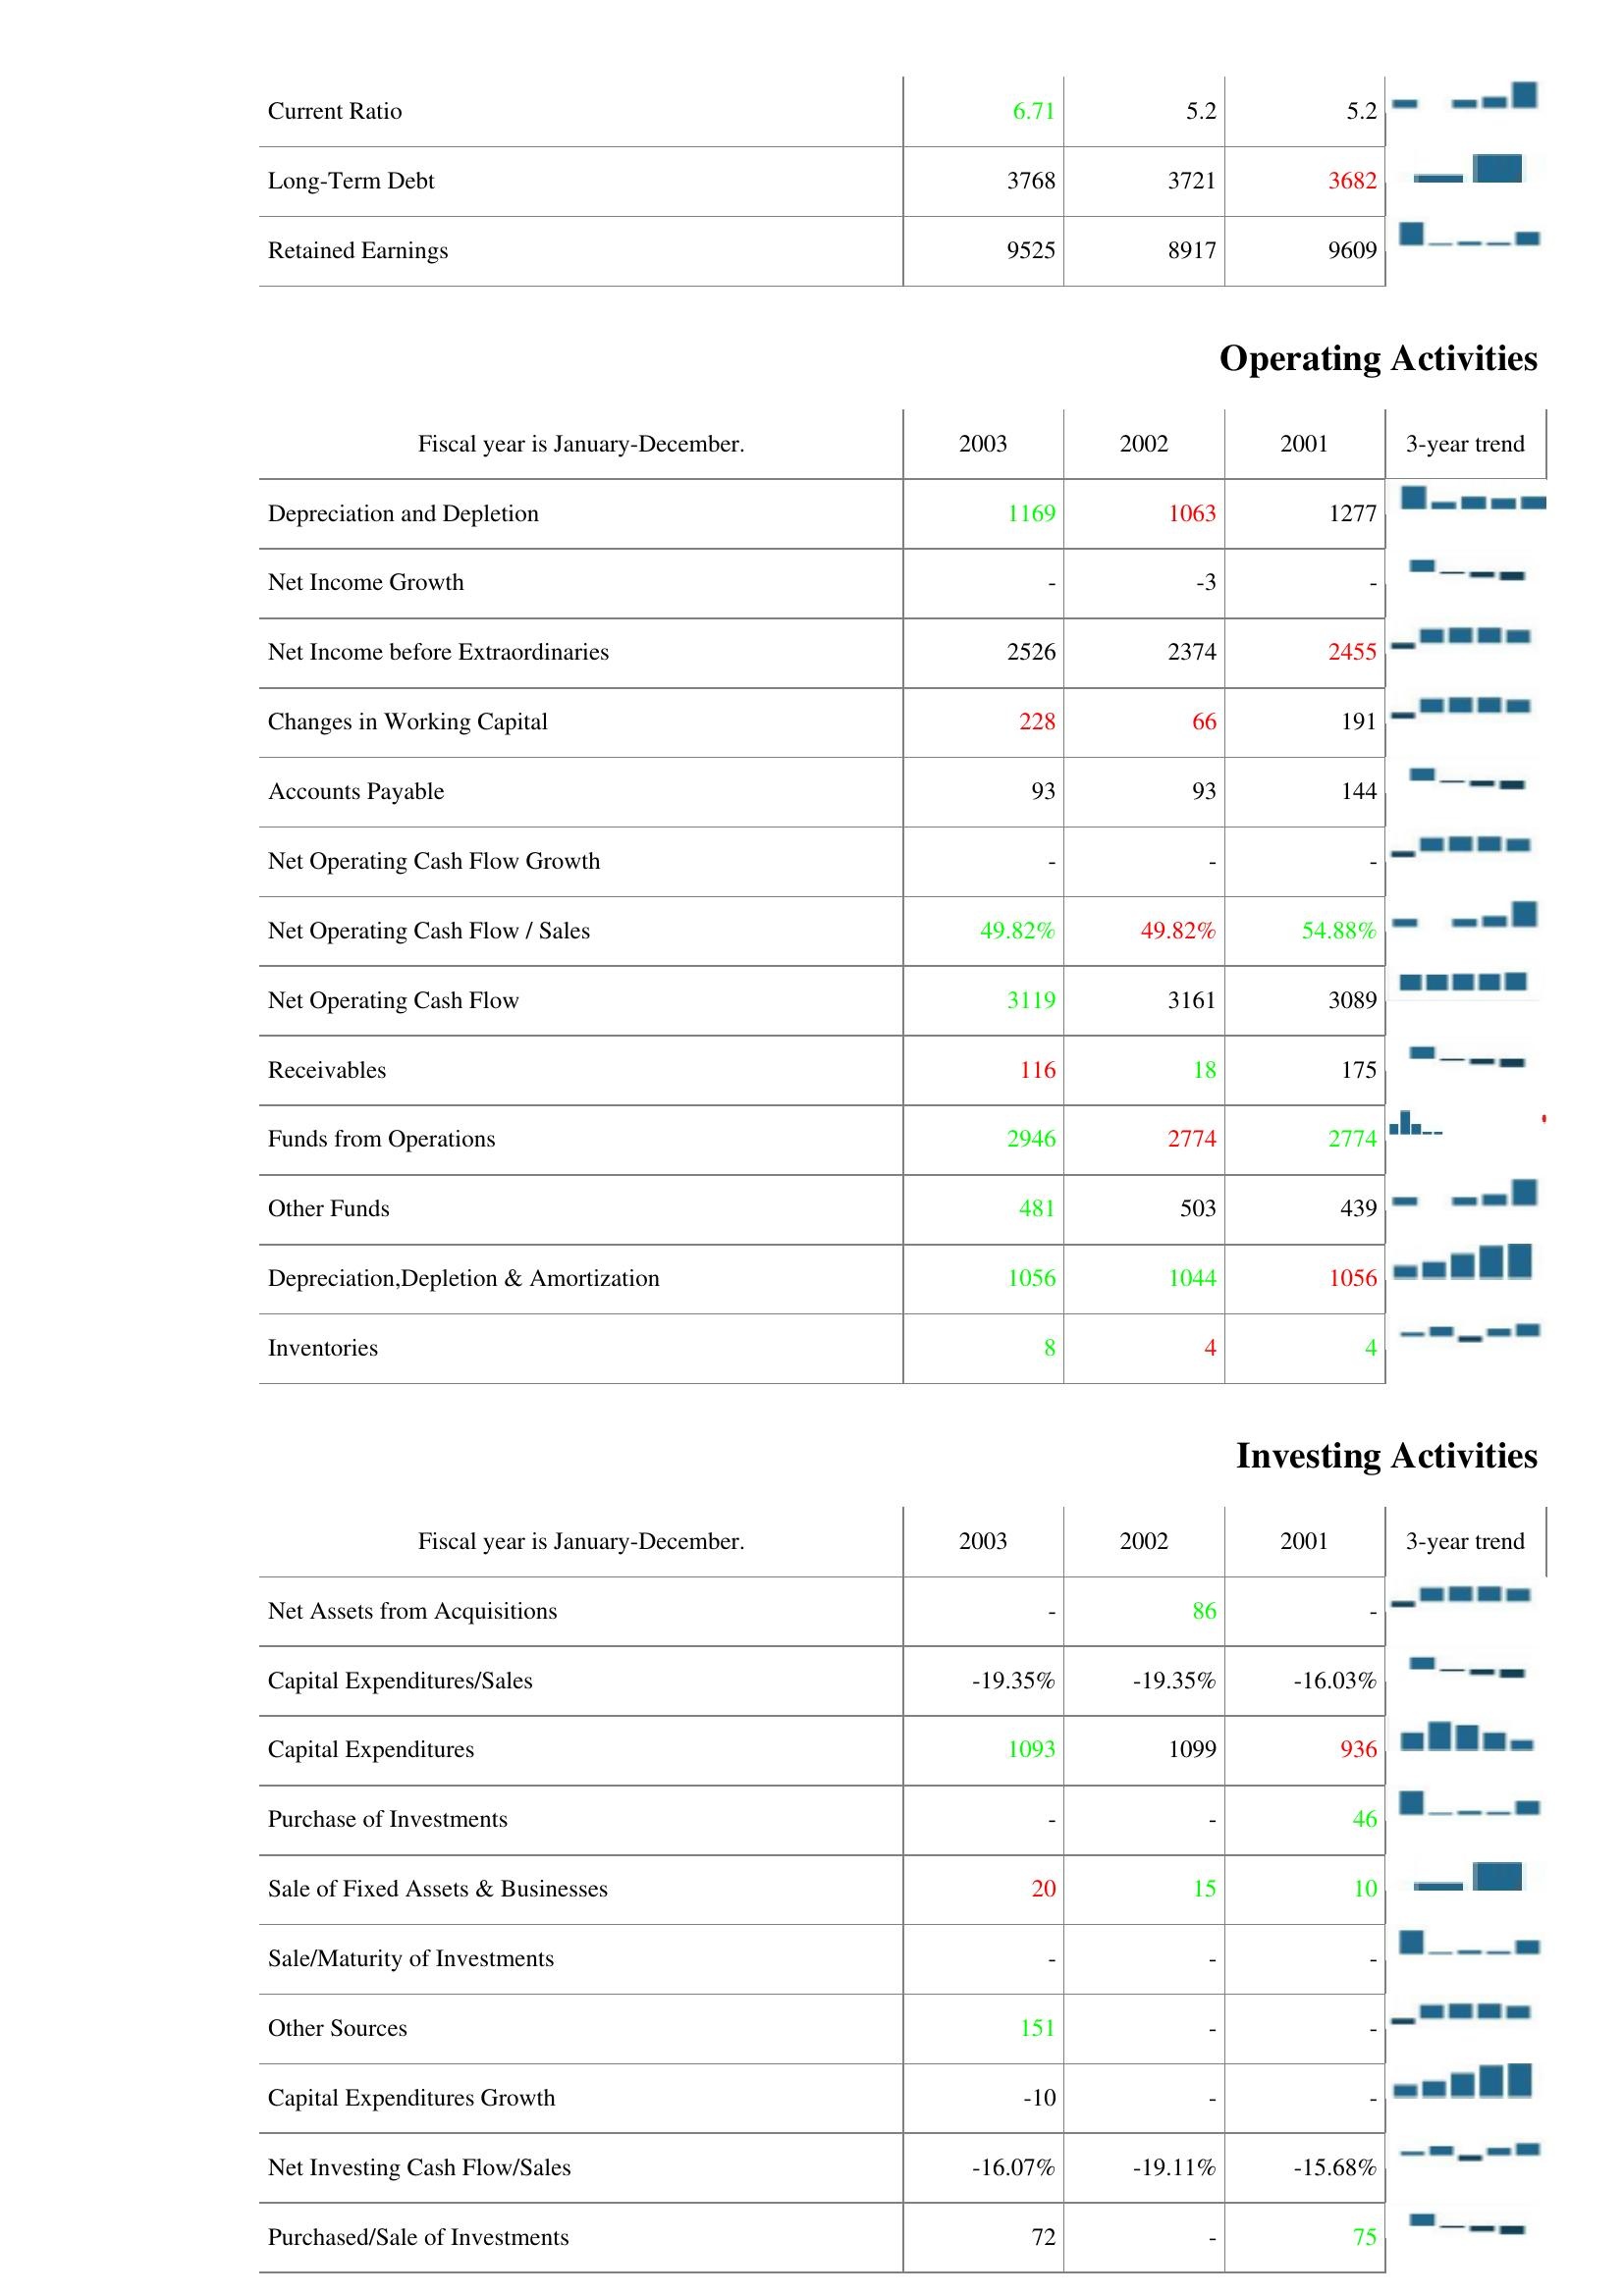
2003: Liabilities & Shareholder's Equity: Current Ratio: 6.71
Long-Term Debt: 3768
Retained Earnings: 9525
Operating Activities: Depreciation and Depletion: 1169
Net Income Growth: -
Net Income before Extraordinaries: 2526
Changes in Working Capital: 228
Accounts Payable: 93
Net Operating Cash Flow Growth: -
Net Operating Cash Flow / Sales: 49.82%
Net Operating Cash Flow: 3119
Receivables: 116
Funds from Operations: 2946
Other Funds: 481
Depreciation,Depletion & Amortization: 1056
Inventories: 8
Investing Activities: Net Assets from Acquisitions: -
Capital Expenditures/Sales: -19.35%
Capital Expenditures: 1093
Purchase of Investments: -
Sale of Fixed Assets & Businesses: 20
Sale/Maturity of Investments: -
Other Sources: 151
Capital Expenditures Growth: -10
Net Investing Cash Flow/Sales: -16.07%
Purchased/Sale of Investments: 72
2002: Liabilities & Shareholder's Equity: Current Ratio: 5.2
Long-Term Debt: 3721
Retained Earnings: 8917
Operating Activities: Depreciation and Depletion: 1063
Net Income Growth: -3
Net Income before Extraordinaries: 2374
Changes in Working Capital: 66
Accounts Payable: 93
Net Operating Cash Flow Growth: -
Net Operating Cash Flow / Sales: 49.82%
Net Operating Cash Flow: 3161
Receivables: 18
Funds from Operations: 2774
Other Funds: 503
Depreciation,Depletion & Amortization: 1044
Inventories: 4
Investing Activities: Net Assets from Acquisitions: 86
Capital Expenditures/Sales: -19.35%
Capital Expenditures: 1099
Purchase of Investments: -
Sale of Fixed Assets & Businesses: 15
Sale/Maturity of Investments: -
Other Sources: -
Capital Expenditures Growth: -
Net Investing Cash Flow/Sales: -19.11%
Purchased/Sale of Investments: -
2001: Liabilities & Shareholder's Equity: Current Ratio: 5.2
Long-Term Debt: 3682
Retained Earnings: 9609
Operating Activities: Depreciation and Depletion: 1277
Net Income Growth: -
Net Income before Extraordinaries: 2455
Changes in Working Capital: 191
Accounts Payable: 144
Net Operating Cash Flow Growth: -
Net Operating Cash Flow / Sales: 54.88%
Net Operating Cash Flow: 3089
Receivables: 175
Funds from Operations: 2774
Other Funds: 439
Depreciation,Depletion & Amortization: 1056
Inventories: 4
Investing Activities: Net Assets from Acquisitions: -
Capital Expenditures/Sales: -16.03%
Capital Expenditures: 936
Purchase of Investments: 46
Sale of Fixed Assets & Businesses: 10
Sale/Maturity of Investments: -
Other Sources: -
Capital Expenditures Growth: -
Net Investing Cash Flow/Sales: -15.68%
Purchased/Sale of Investments: 75